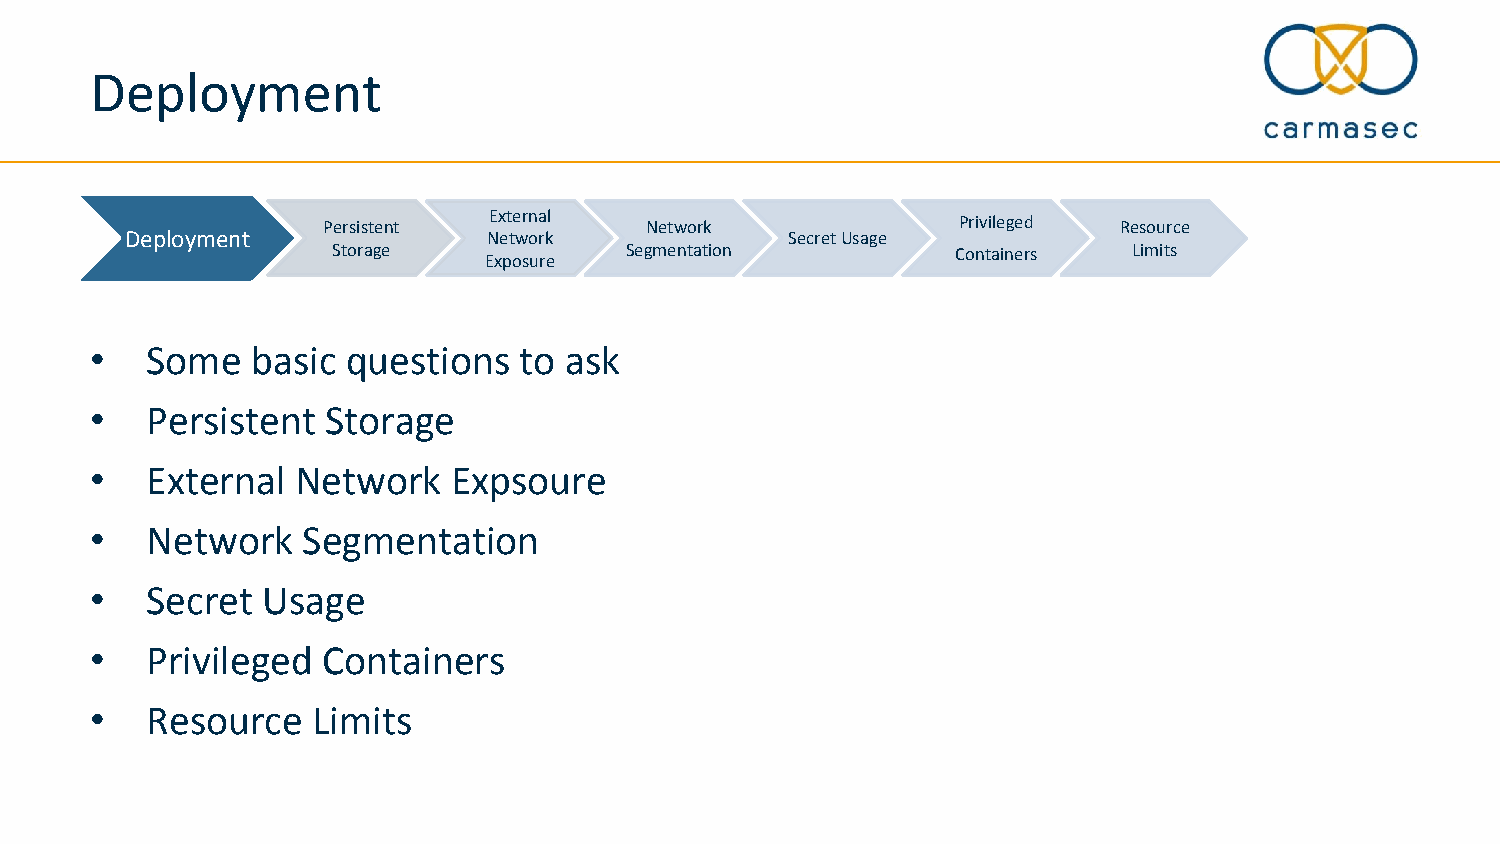
Deployment
 External
 Persistent            Network             Privileged Resource
 Deployment              Network             Secret Usage
 Storage            Segmentation          Containers  Limits
 Exposure
 •   Some   basic questions  to ask
 •   Persistent  Storage
 •   External  Network   Expsoure
 •   Network   Segmentation
 •   Secret Usage
 •   Privileged Containers
 •   Resource   Limits